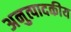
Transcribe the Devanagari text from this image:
अनुत्पादकीय